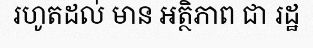
រហូតដល់ មាន អត្ថិភាព ជា រដ្ឋ